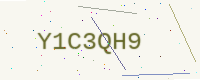
Text: Y1C3QH9